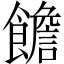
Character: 𩟋